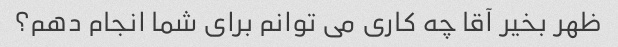
ظهر بخیر آقا چه کاری می توانم برای شما انجام دهم؟